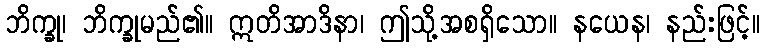
ဘိက္ခု၊ ဘိက္ခုမည်၏။ ဣတိအာဒိနာ၊ ဤသို့အစရှိသော။ နယေန၊ နည်းဖြင့်။